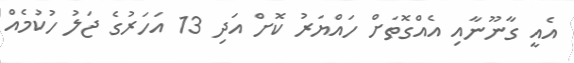
އެއީ ގާނޫނާއި އެއްގޮތަށް ހައްޔަރު ކޮށް އަދި 13 އަަހަރުގެ ޖަލު ހުކުމެއް